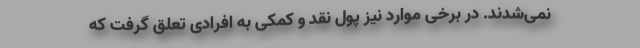
نمی‌شدند. در برخی موارد نیز پول نقد و کمکی به افرادی تعلق گرفت که